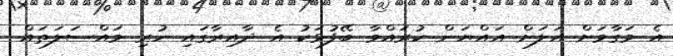
އެ މަގާމަށް އަލަށް އައްޔަން ކުރައްވާ ބޭފުޅަކު އެ ދާއިރާގައި ހުރި މައްސަލަތައް